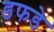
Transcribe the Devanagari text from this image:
डफडे